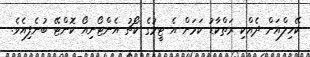
ކޭހިލްއަށް ދެއްކި ރަތްކާޑު ކަމަށް އެ ޓީމުގެ ކޯޗު އެންޓޯނިއޯ ކޮންޓޭ ބުނެފިއެވެ.